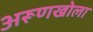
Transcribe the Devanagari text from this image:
अरूणखोला